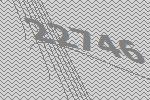
22746